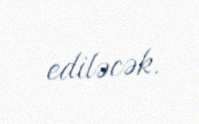
ediləcək.